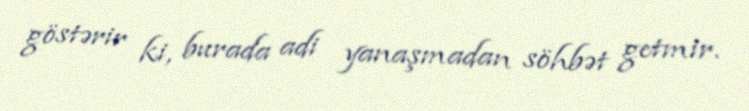
göstərir ki, burada adi yanaşmadan söhbət getmir.